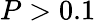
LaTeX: P>0.1